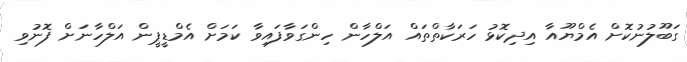
ގަބޫލުނުކޮށް އެމްޔޫއާ އިދިކޮޅު ހަރަކާތްތައް އަލްހާން ހިންގަވާފައިވާ ކަމަށް އެމްޑީޕީން އަލްހާނަށް ފޮނުވި